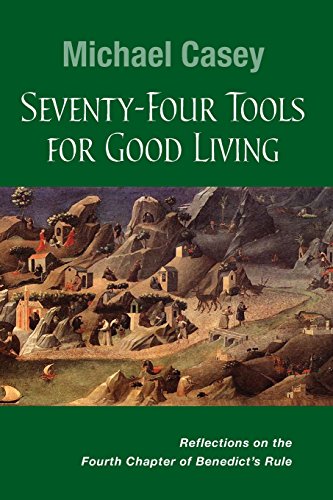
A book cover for Seventy-Four Tools for Good Living: Reflections on the Fourth Chapter of BenedictEEs Rule; Michael Casey OCSO; Christian Books & Bibles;